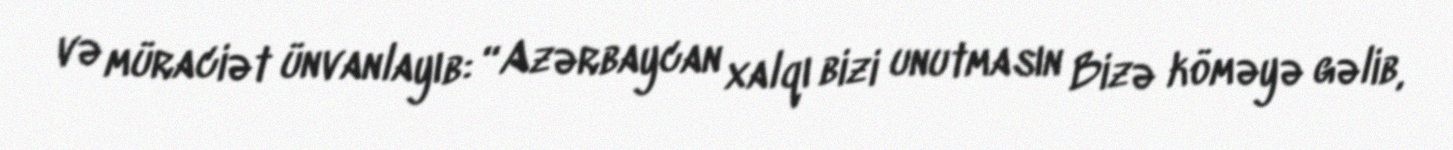
və müraciət ünvanlayıb: “Azərbaycan xalqı bizi unutmasın Bizə köməyə gəlib,